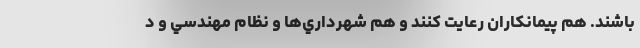
باشند. هم پيمانكاران رعايت كنند و هم شهرداري‌ها و نظام مهندسي و د